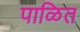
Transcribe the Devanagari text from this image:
पाळित